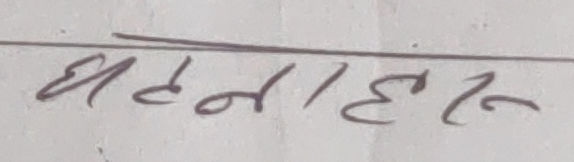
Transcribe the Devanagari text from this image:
घटनाहरु